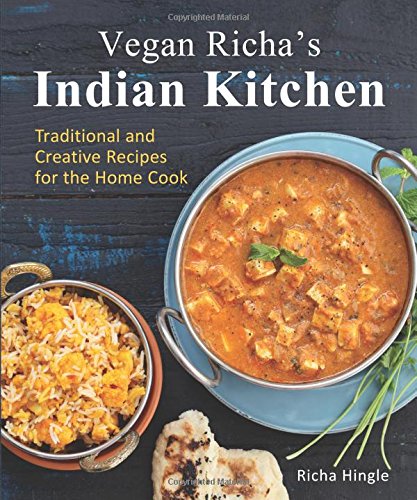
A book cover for Vegan Richa's Indian Kitchen: Traditional and Creative Recipes for the Home Cook; Richa Hingle; Cookbooks, Food & Wine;